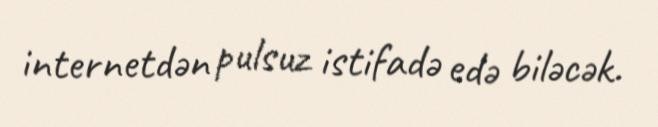
internetdən pulsuz istifadə edə biləcək.